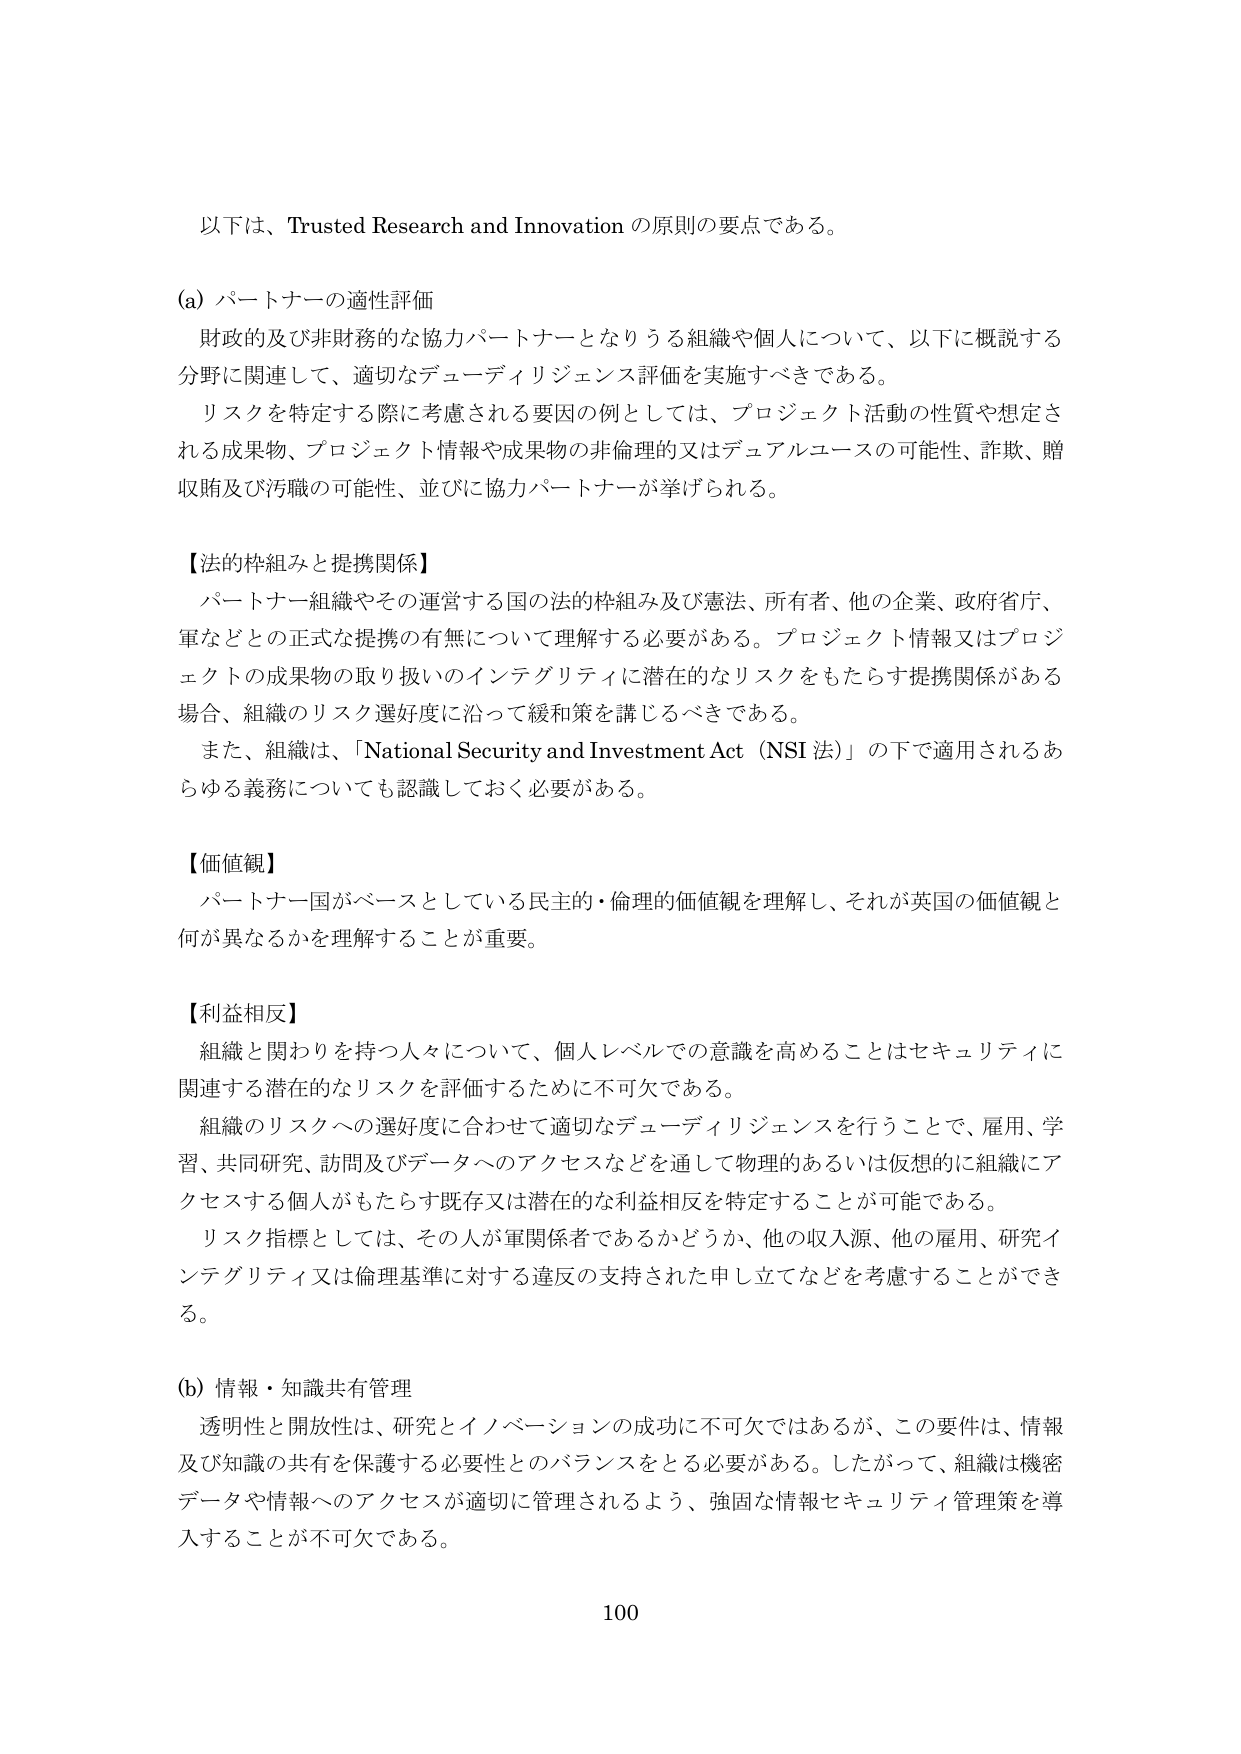
以下は、Trusted Research and Innovation の原則の要点である。

(a) パートナーの適性評価
財政的及び非財務的な協力パートナーとなりうる組織や個人について、以下に概説する分野に関連して、適切なデューディリジェンス評価を実施すべきである。
リスクを特定する際に考慮される要因の例としては、プロジェクト活動の性質や想定される成果物、プロジェクト情報や成果物の非倫理的又はデュアルユースの可能性、詐欺、贈収賄及び汚職の可能性、並びに協力パートナーが挙げられる。

【法的枠組みと提携関係】
パートナー組織やその運営する国の法的枠組み及び憲法、所有者、他の企業、政府省庁、軍などとの正式な提携の有無について理解する必要がある。プロジェクト情報又はプロジェクトの成果物の取り扱いのインテグリティに潜在的なリスクをもたらす提携関係がある場合、組織のリスク選好度に沿って緩和策を講じるべきである。
また、組織は、「National Security and Investment Act（NSI 法）」の下で適用されるあらゆる義務についても認識しておく必要がある。

【価値観】
パートナー国がベースとしている民主的・倫理的価値観を理解し、それが英国の価値観と何が異なるかを理解することが重要。

【利益相反】
組織と関わりを持つ人々について、個人レベルでの意識を高めることはセキュリティに関連する潜在的なリスクを評価するために不可欠である。
組織のリスクへの選好度に合わせて適切なデューディリジェンスを行うことで、雇用、学習、共同研究、訪問及びデータへのアクセスなどを通して物理的あるいは仮想的に組織にアクセスする個人がもたらす既存又は潜在的な利益相反を特定することが可能である。
リスク指標としては、その人が軍関係者であるかどうか、他の収入源、他の雇用、研究インテグリティ又は倫理基準に対する違反の支持された申し立てなどを考慮することができる。

(b) 情報・知識共有管理
透明性と開放性は、研究とイノベーションの成功に不可欠ではあるが、この要件は、情報及び知識の共有を保護する必要性とのバランスをとる必要がある。したがって、組織は機密データや情報へのアクセスが適切に管理されるよう、強固な情報セキュリティ管理策を導入することが不可欠である。

100